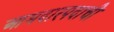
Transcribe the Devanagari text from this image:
आमदारपदाची